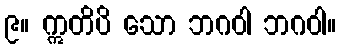
၉။ ဣတိပိ သော ဘဂဝါ ဘဂဝါ။